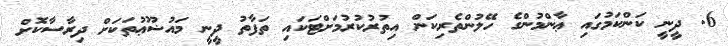
6. ދީނީ ކަންކަމުގައި ޢާންމުންގެ ހޭލުންތެރިކަން އިތުރުކުރުމަށްޓަކައި ތަފާތު ދީނީ މައުޟޫޢުތަކަށް ދިރާސާކޮށް